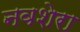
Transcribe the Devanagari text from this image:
नवशेरा